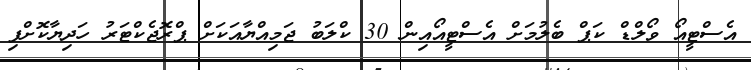
އެސްޓީއޯ ވޯލްޑް ކަޕް ބެލުމަށް އެސްޓީއޯއިން 30 ކްލަބު ޖަމިއްޔާއަކަށް ޕްރޮޖެކްޓަރު ހަދިޔާކޮށްފި